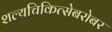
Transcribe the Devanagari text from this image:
शल्यचिकित्सेबरोबर